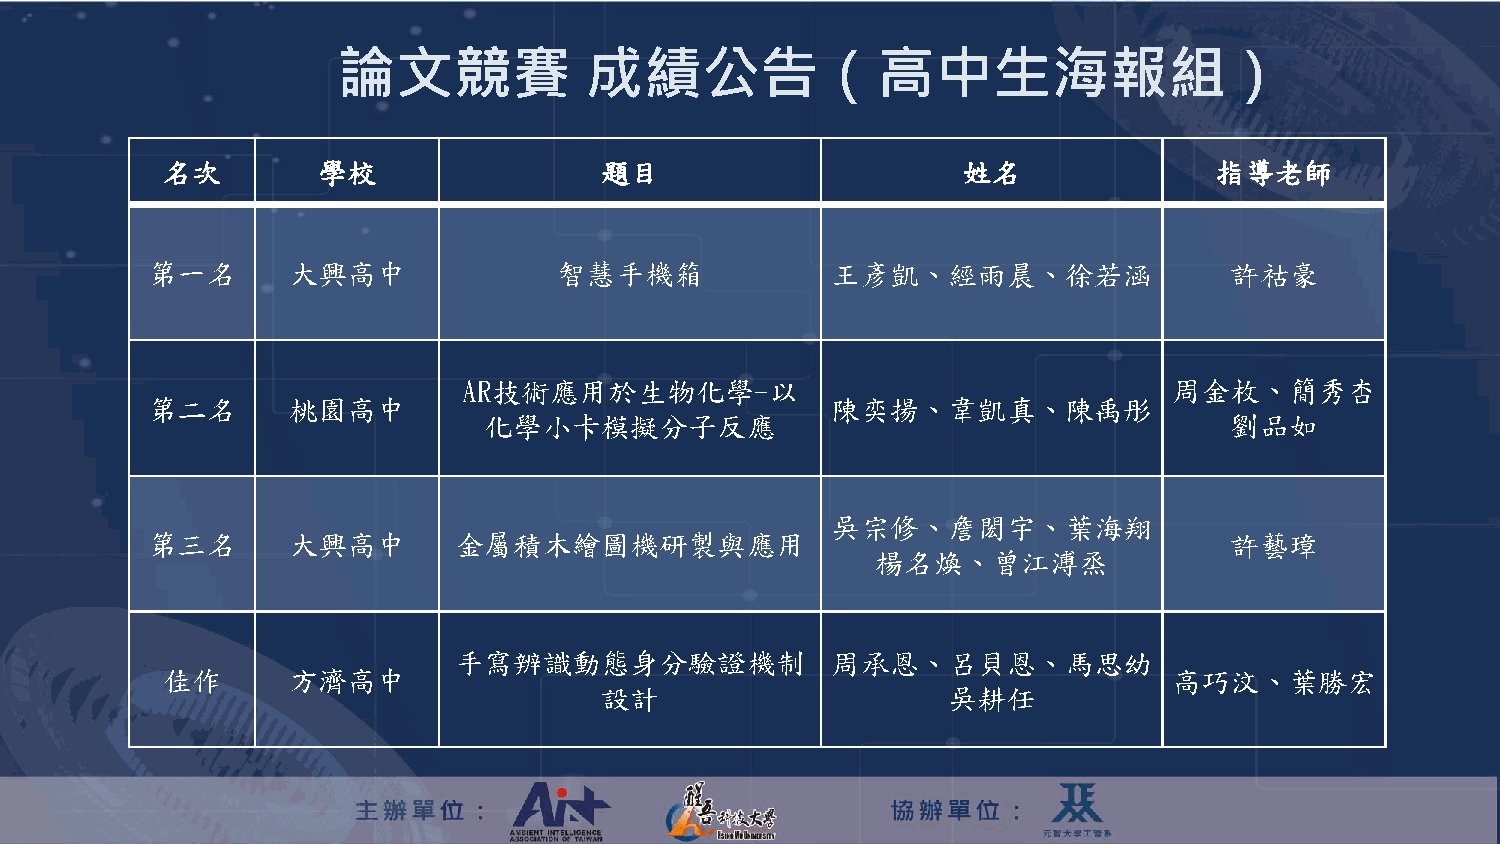
論文競賽             成績公告（高中生海報組）
 名次        學校                 題目                      姓名              指導老師
 第一名      大興高中              智慧手機箱             王彥凱、經雨晨、徐若涵               許祜豪
 AR技術應用於生物化學-以                                  周金枚、簡秀杏
 第二名      桃園高中                                陳奕揚、韋凱真、陳禹彤
 化學小卡模擬分子反應                                       劉品如
 吳宗修、詹閎宇、葉海翔
 第三名      大興高中       金屬積木繪圖機研製與應用                                       許藝璋
 楊名煥、曾江溥烝
 手寫辨識動態身分驗證機制             周承恩、呂貝恩、馬思幼
 佳作      方濟高中                                                       高巧汶、葉勝宏
 設計                     吳耕任